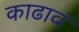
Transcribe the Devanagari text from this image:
काढावं